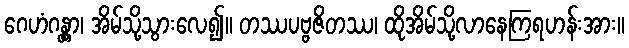
ဂေဟံဂန္တွာ၊ အိမ်သို့သွားလေ၍။ တဿပဗ္ဗဇိတဿ၊ ထိုအိမ်သို့လာနေကြရဟန်းအား။